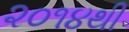
૨૦૧૪થી